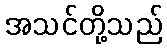
အသင်တို့သည်